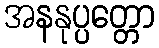
အနနုပ္ပတ္တော